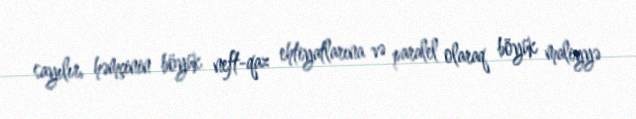
sayılır, həmçinin böyük neft-qaz ehtiyatlarına və paralel olaraq böyük maliyyə